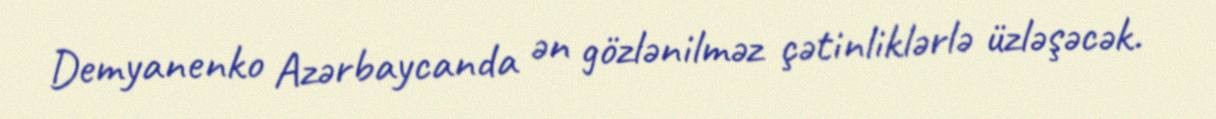
Demyanenko Azərbaycanda ən gözlənilməz çətinliklərlə üzləşəcək.